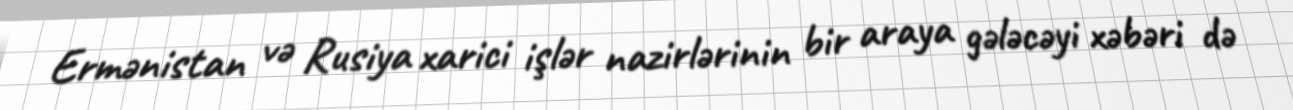
Ermənistan və Rusiya xarici işlər nazirlərinin bir araya gələcəyi xəbəri də